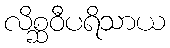
လိစ္ဆဝီပရိသာယ